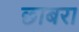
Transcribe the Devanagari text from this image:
छाबरा